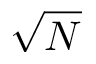
\sqrt { N }